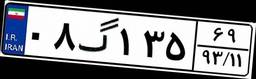
۰۸گ۱۳۵۶۹